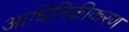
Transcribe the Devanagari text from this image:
आधिनिकीकरण